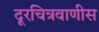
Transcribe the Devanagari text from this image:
दूरचित्रवाणीस